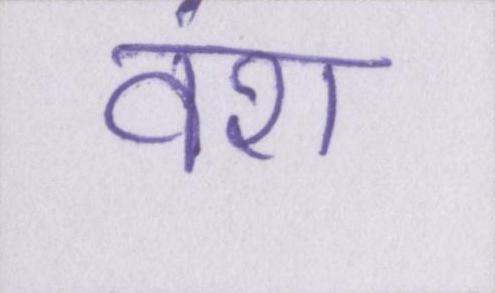
वंश